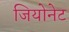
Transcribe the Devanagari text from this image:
जियोनेट